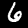
Digit: 6